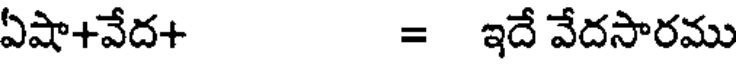
ఏషా+వేద+ = ఇదే వేదసారము